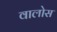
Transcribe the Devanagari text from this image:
वालोस